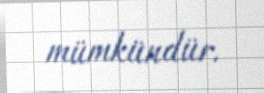
mümkündür.